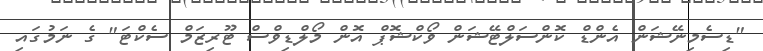
"ޑިސެމިނޭޝަން އެންޑް ކޮންސަލްޓޭޝަން ވޯކްޝޮޕް އޮން މޯލްޑިވްސް ޓޫރިޒަމް ސެކްޓަ" ގެ ނަމުގައި